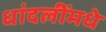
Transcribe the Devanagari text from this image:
धांदलींमधे